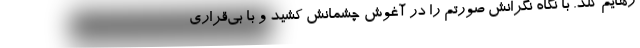
رهایم کند. با نگاه نگرانش صورتم را در آغوش چشمانش کشید و با بی‌قراری